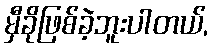
မှီခိုဖြစ်ခဲ့ဘူးပါတယ်,